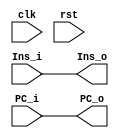
`timescale 1ns / 1ps
//////////////////////////////////////////////////////////////////////////////////
// Company: HUST
// Engineer: 
// 
// Design Name: CPU_Optimal_Streamline
// Module Name: IF_ID
// 
//////////////////////////////////////////////////////////////////////////////////

//IF_ID
module if_id(
    input       clk, rst,
    input       [31:0] Ins_i, PC_i,
    output /*reg*/  [31:0] Ins_o, PC_o
    );
    //A,B,PC,IMM
    assign Ins_o    = Ins_i;
    assign PC_o     = PC_i;          //NPC
    //assign Ext_o    = Ext_i;
    //assign Imm_o    = Imm_i;            //1.ALU2.3.NPC

endmodule
/*    always @(posedge clk) begin
        if (rst) begin
            //WB
            MemToReg_o <= 0;    //ALUMem
            jal_o <= 0;         //PC+1
            lui_o <= 0;         //LUI
            Regwrite_o <= 0;    //
            RegDst_o <= 0;      //
            //MemALU
            Memwrite_o <= 0;    //ram
            lb_o <= 0;          //memload
            //EXALU
            ALUOP_o <=0;        //ALUIS
            ALUsrc_o <= 0;      //ALUBImm
            jr_o <= 0;          //NPC
            j_o <= 0;           //
            bne_o <= 0;         //
            beq_o <= 0;         //
            blez_o <= 0;        //   
            //A,B,PC,IMM
            A_o <= 0;           //ALU
            B_o <= 0;           //ALU
            PC_o <= 0;          //NPC
            Imm <= 0            //1.ALU2.3.NPC
        end
        else if () begin
            
        end
    end*/